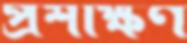
প্রশক্ষিণ